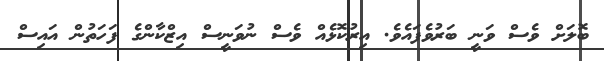
ބޮލަށް ވެސް ވަނީ ބަރުވެފައެވެ. އިރުކޮޅެއް ވެސް ނުވަނީސް އިޒްކާންގެ ފަހަތުން އައިސް